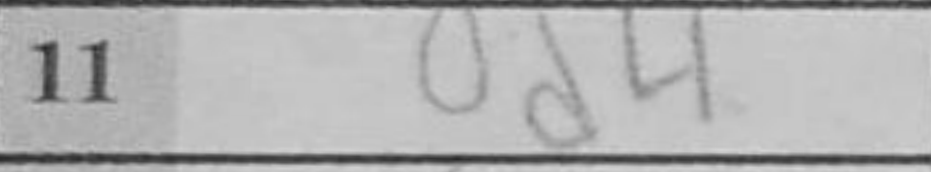
Transcription: d4